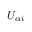
U _ { \alpha i }